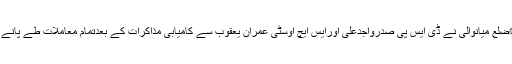
انجینئرحفیظ اللہ علوی آف لاہور،علامہ فاروق الحسن قادری وضلعی قائدین تحریک لبیک یارسول اللہﷺضلع میانوالی نے ڈی ایس پی صدرواجدعلی اورایس ایچ اوسٹی عمران یعقوب سے کامیابی مذاکرات کے بعدتمام معاملات طے پانے کے بعدانتظامیہ نے امیرالمجاہدین مفتی خادم حسین رضوی اوران کے ساتھیوں کوباعزت بری کردیا۔